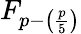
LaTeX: F_{p-\left({\frac{p}{5}}\right)}